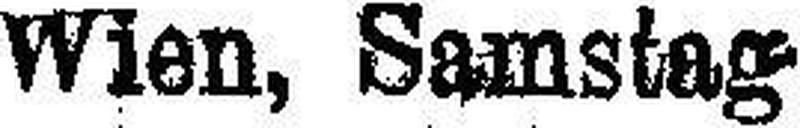
Wien, Samstag